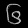
Digit: ၆